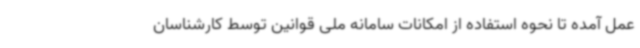
عمل آمده تا نحوه استفاده از امکانات سامانه ملی قوانین توسط کارشناسان